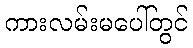
ကားလမ်းမပေါ်တွင်